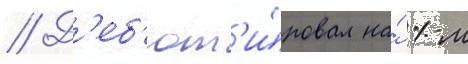
// Д'еб'ют'и́ровал на́ 1-м